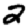
Digit: 2